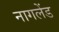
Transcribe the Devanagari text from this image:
नागलेंड